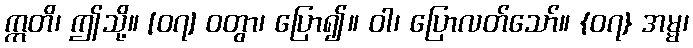
ဣတိ၊ ဤသို့။ [၀၇] ဝတွာ၊ ပြော၍။ ဝါ၊ ပြောလတ်သော်။ {၀၇} အမ္မ၊